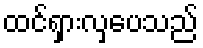
ထင်ရှားလှပေသည်